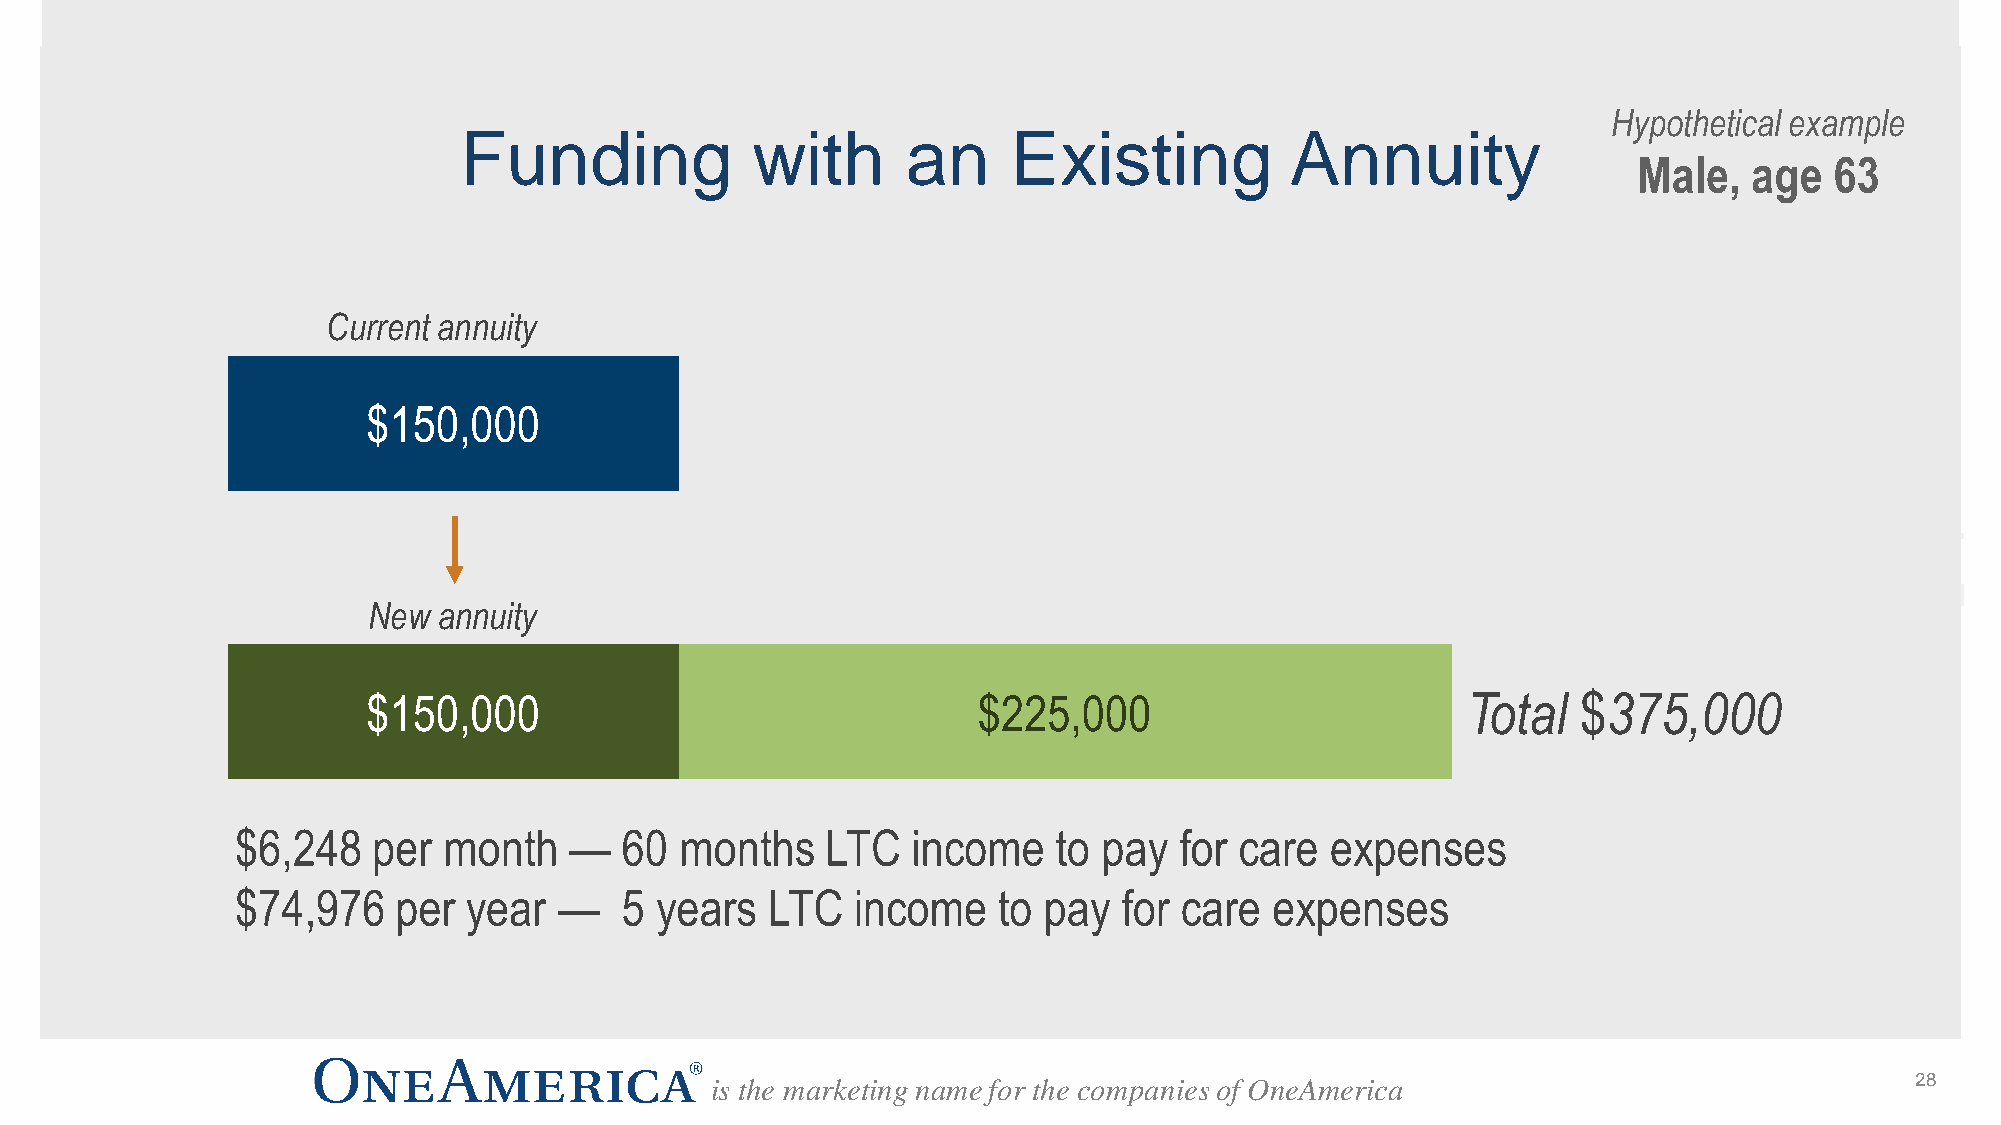
Hypothetical example
 Funding             with      an     Existing          Annuity
 Male,   age  63
 Current annuity
 $150,000
 New  annuity
 $150,000                                 $225,000                        Total   $375,000
 $6,248   per month    —  60  months    LTC  income    to pay  for care  expenses
 $74,976   per  year  —   5 years   LTC   income   to pay  for care  expenses
 is the marketing name for the companies of OneAmerica                           28